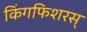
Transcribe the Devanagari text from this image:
किंगफिशरस्